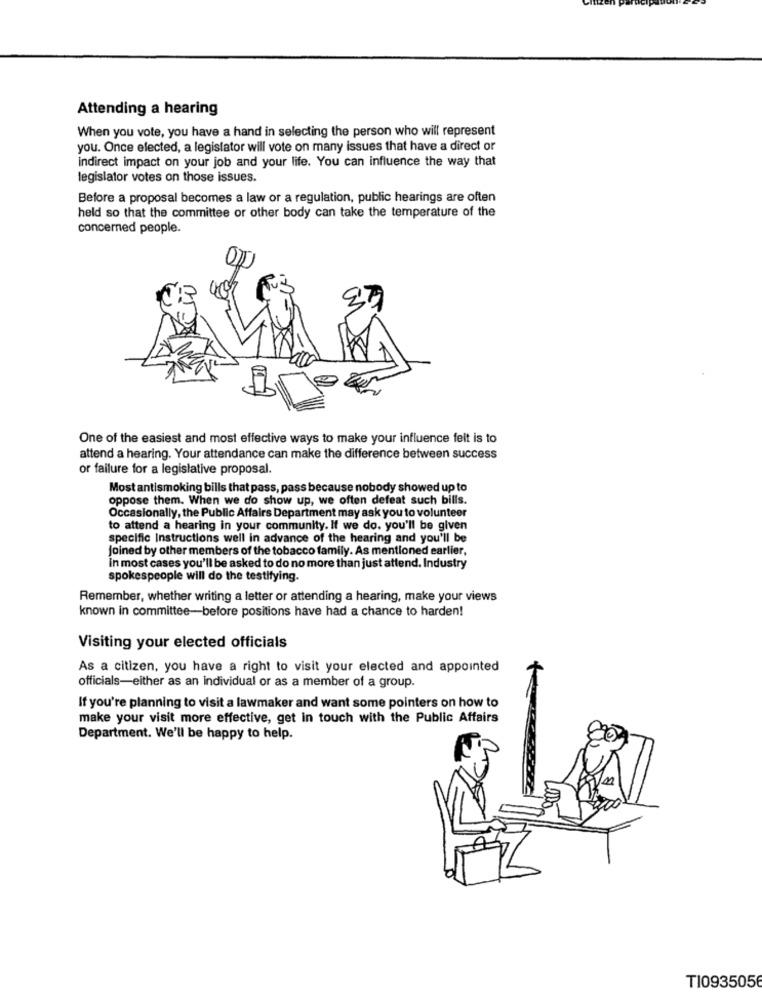
Attending a hearing
When you vote, you have a hand in selecting the person who will represent
you. Once elected, a legislator will vote on many issues that have a direct or
indirect impact on your job and your life. You can influence the way that
legislator votes on those issues.
Before a proposal becomes a law or a regulation, public hearings are often
held so that the committee or other body can take the temperature of the
concerned people.
One of the easiest and most effective ways to make your influence felt is to
attend a hearing. Your attendance can make the difference between success
or failure for a legislative proposal.
Most antismoking bills that pass, pass because nobody showed up to
oppose them. When we do show up, we often defeat such bills.
Occasionally, the Public Affairs Department may ask you to volunteer
to attend a hearing in your community. If we do. you'll be given
specific Instructions well in advance of the hearing and you'll be
joined by other members of the tobacco family. As mentioned earlier,
in most cases you'll be asked to do no more than just attend. Industry
spokespeople will do the testifying.
Remember, whether writing a letter or attending a hearing, make your views
known in committee-before positions have had a chance to harden!
Visiting your elected officials
As a citizen, you have a right to visit your elected and appointed
officials-either as an individual or as a member of a group.
If you're planning to visit a lawmaker and want some pointers on how to
make your visit more effective, get in touch with the Public Affairs
Department. We'll be happy to help.
T10935056